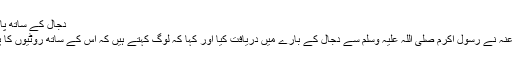
دجال کے ساتھ پانی کی دو نہریں ہوں گی :
مغیرہ بن شعبہ رضی اللہ عنہ نے رسول اکرم صلی اللہ علیہ وسلم سے دجال کے بارے میں دریافت کیا اور کہا کہ لوگ کہتے ہیں کہ اس کے ساتھ روٹیوں کا پہاڑ اور پانی کا نہر ہوگا؟